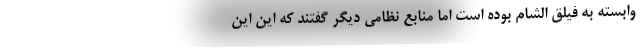
وابسته به فیلق الشام بوده است اما منابع نظامی دیگر گفتند که این این